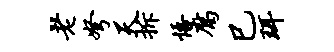
老弩天拆悟腐巳珥